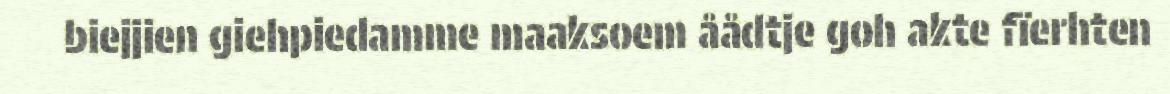
biejjien giehpiedamme maaksoem åådtje goh akte fïerhten